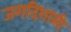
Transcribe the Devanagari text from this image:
जगदिशासी